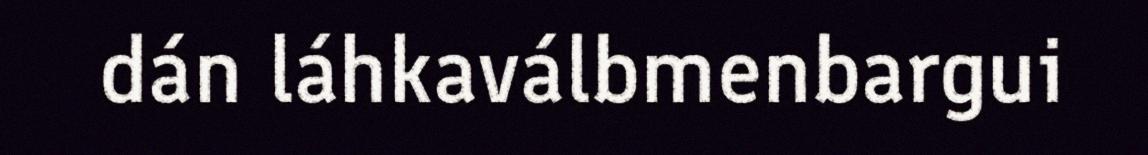
dán láhkaválbmenbargui